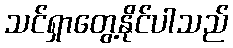
သင်ရှာတွေ့နိုင်ပါသည်